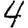
Digit: 4